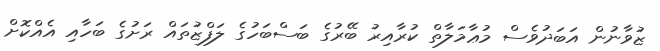
ޒުވާނުން އަބަދުވެސް މުޢާމަލާތް ކުރާއިރު ބޭރުގެ ބަސްބަހުގެ ލަފްޒުތައް ރަށުގެ ބަހާއި އެއްކޮށް